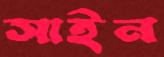
সাইন